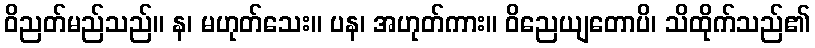
ဝိညတ်မည်သည်။ န၊ မဟုတ်သေး။ ပန၊ အဟုတ်ကား။ ဝိညေယျတောပိ၊ သိထိုက်သည်၏